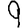
Digit: 9